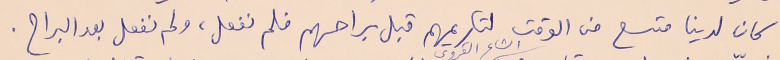
كان لدينا متسع من الوقت لتكريمهم قبل براحهم فلم نفعل، ولم نفعل بعد البراح.